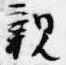
親